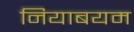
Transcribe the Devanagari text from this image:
नियाबयम